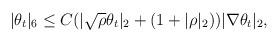
LaTeX: \begin{align*}|\theta_t|_6\leq C(|\sqrt{\rho}\theta_t|_2+(1+|\rho|_2))|\nabla \theta_t|_2,\end{align*}